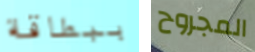
ببطاقة المجروح